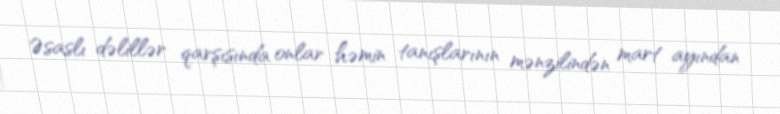
Əsaslı dəlillər qarşısında onlar həmin tanışlarının mənzilindən mart ayından